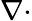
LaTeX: \nabla\cdot